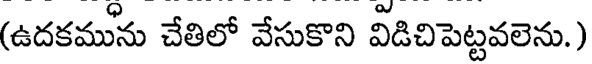
(ఉదకమును చేతిలో వేసుకొని విడిచిపెట్టవలెను.)